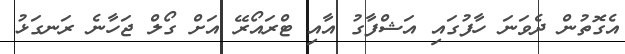
އެގޮތުން ދެވަނަ ހާފުގައި އަޝްފާގު އާއި ޓްރައޯރޭ އަށް ގޯލް ޖަހާނެ ރަނގަޅު